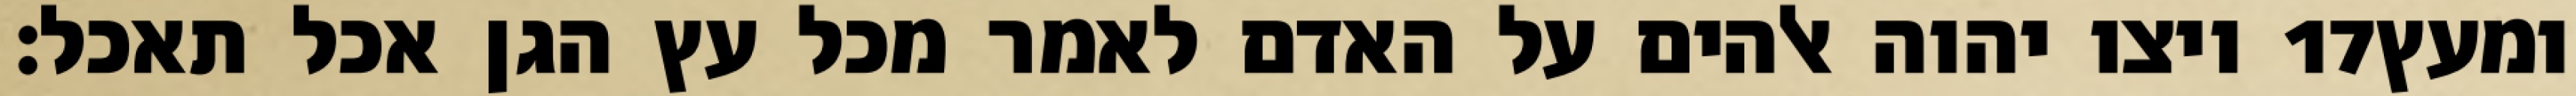
ויצו יהוה אלהים על האדם לאמר מכל עץ הגן אכל תאכל׃ ‎17‏ ומעץ